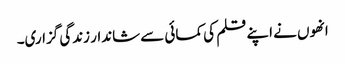
انھوں نے اپنے قلم کی کمائی سے شاندار زندگی گزاری۔